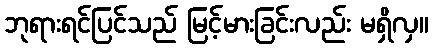
ဘုရားရင်ပြင်သည် မြင့်မားခြင်းလည်း မရှိလှ။